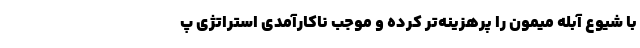
با شیوع آبله میمون را پرهزینه‌تر کرده و موجب ناکارآمدی استراتژی پ